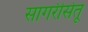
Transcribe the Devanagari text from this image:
सागरीसेतू